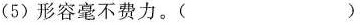
(5)形容毫不费力。( )